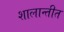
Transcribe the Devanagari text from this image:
शालान्तीत